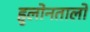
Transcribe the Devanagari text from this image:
हुलोनतालो